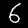
Label: 6